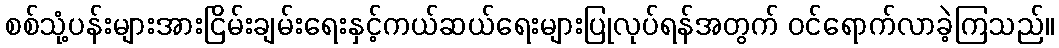
စစ်သုံ့ပန်းများအားငြိမ်းချမ်းရေးနှင့်ကယ်ဆယ်ရေးများပြုလုပ်ရန်အတွက် ဝင်ရောက်လာခဲ့ကြသည်။